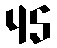
45